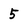
Character: 5